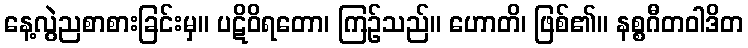
နေ့လွဲညစာစားခြင်းမှ။ ပဋိဝိရတော၊ ကြဉ်သည်။ ဟောတိ၊ ဖြစ်၏။ နစ္စဂီတဝါဒိတ